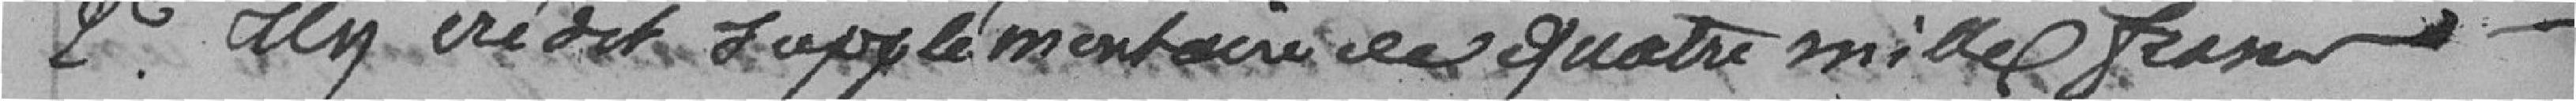
2° un crédit supplémentaire de quatre milles francs